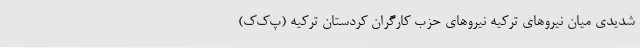
شدیدی میان نیروهای ترکیه نیروهای حزب کارگران کردستان ترکیه (پ‌ک‌ک)